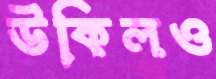
উকিলও